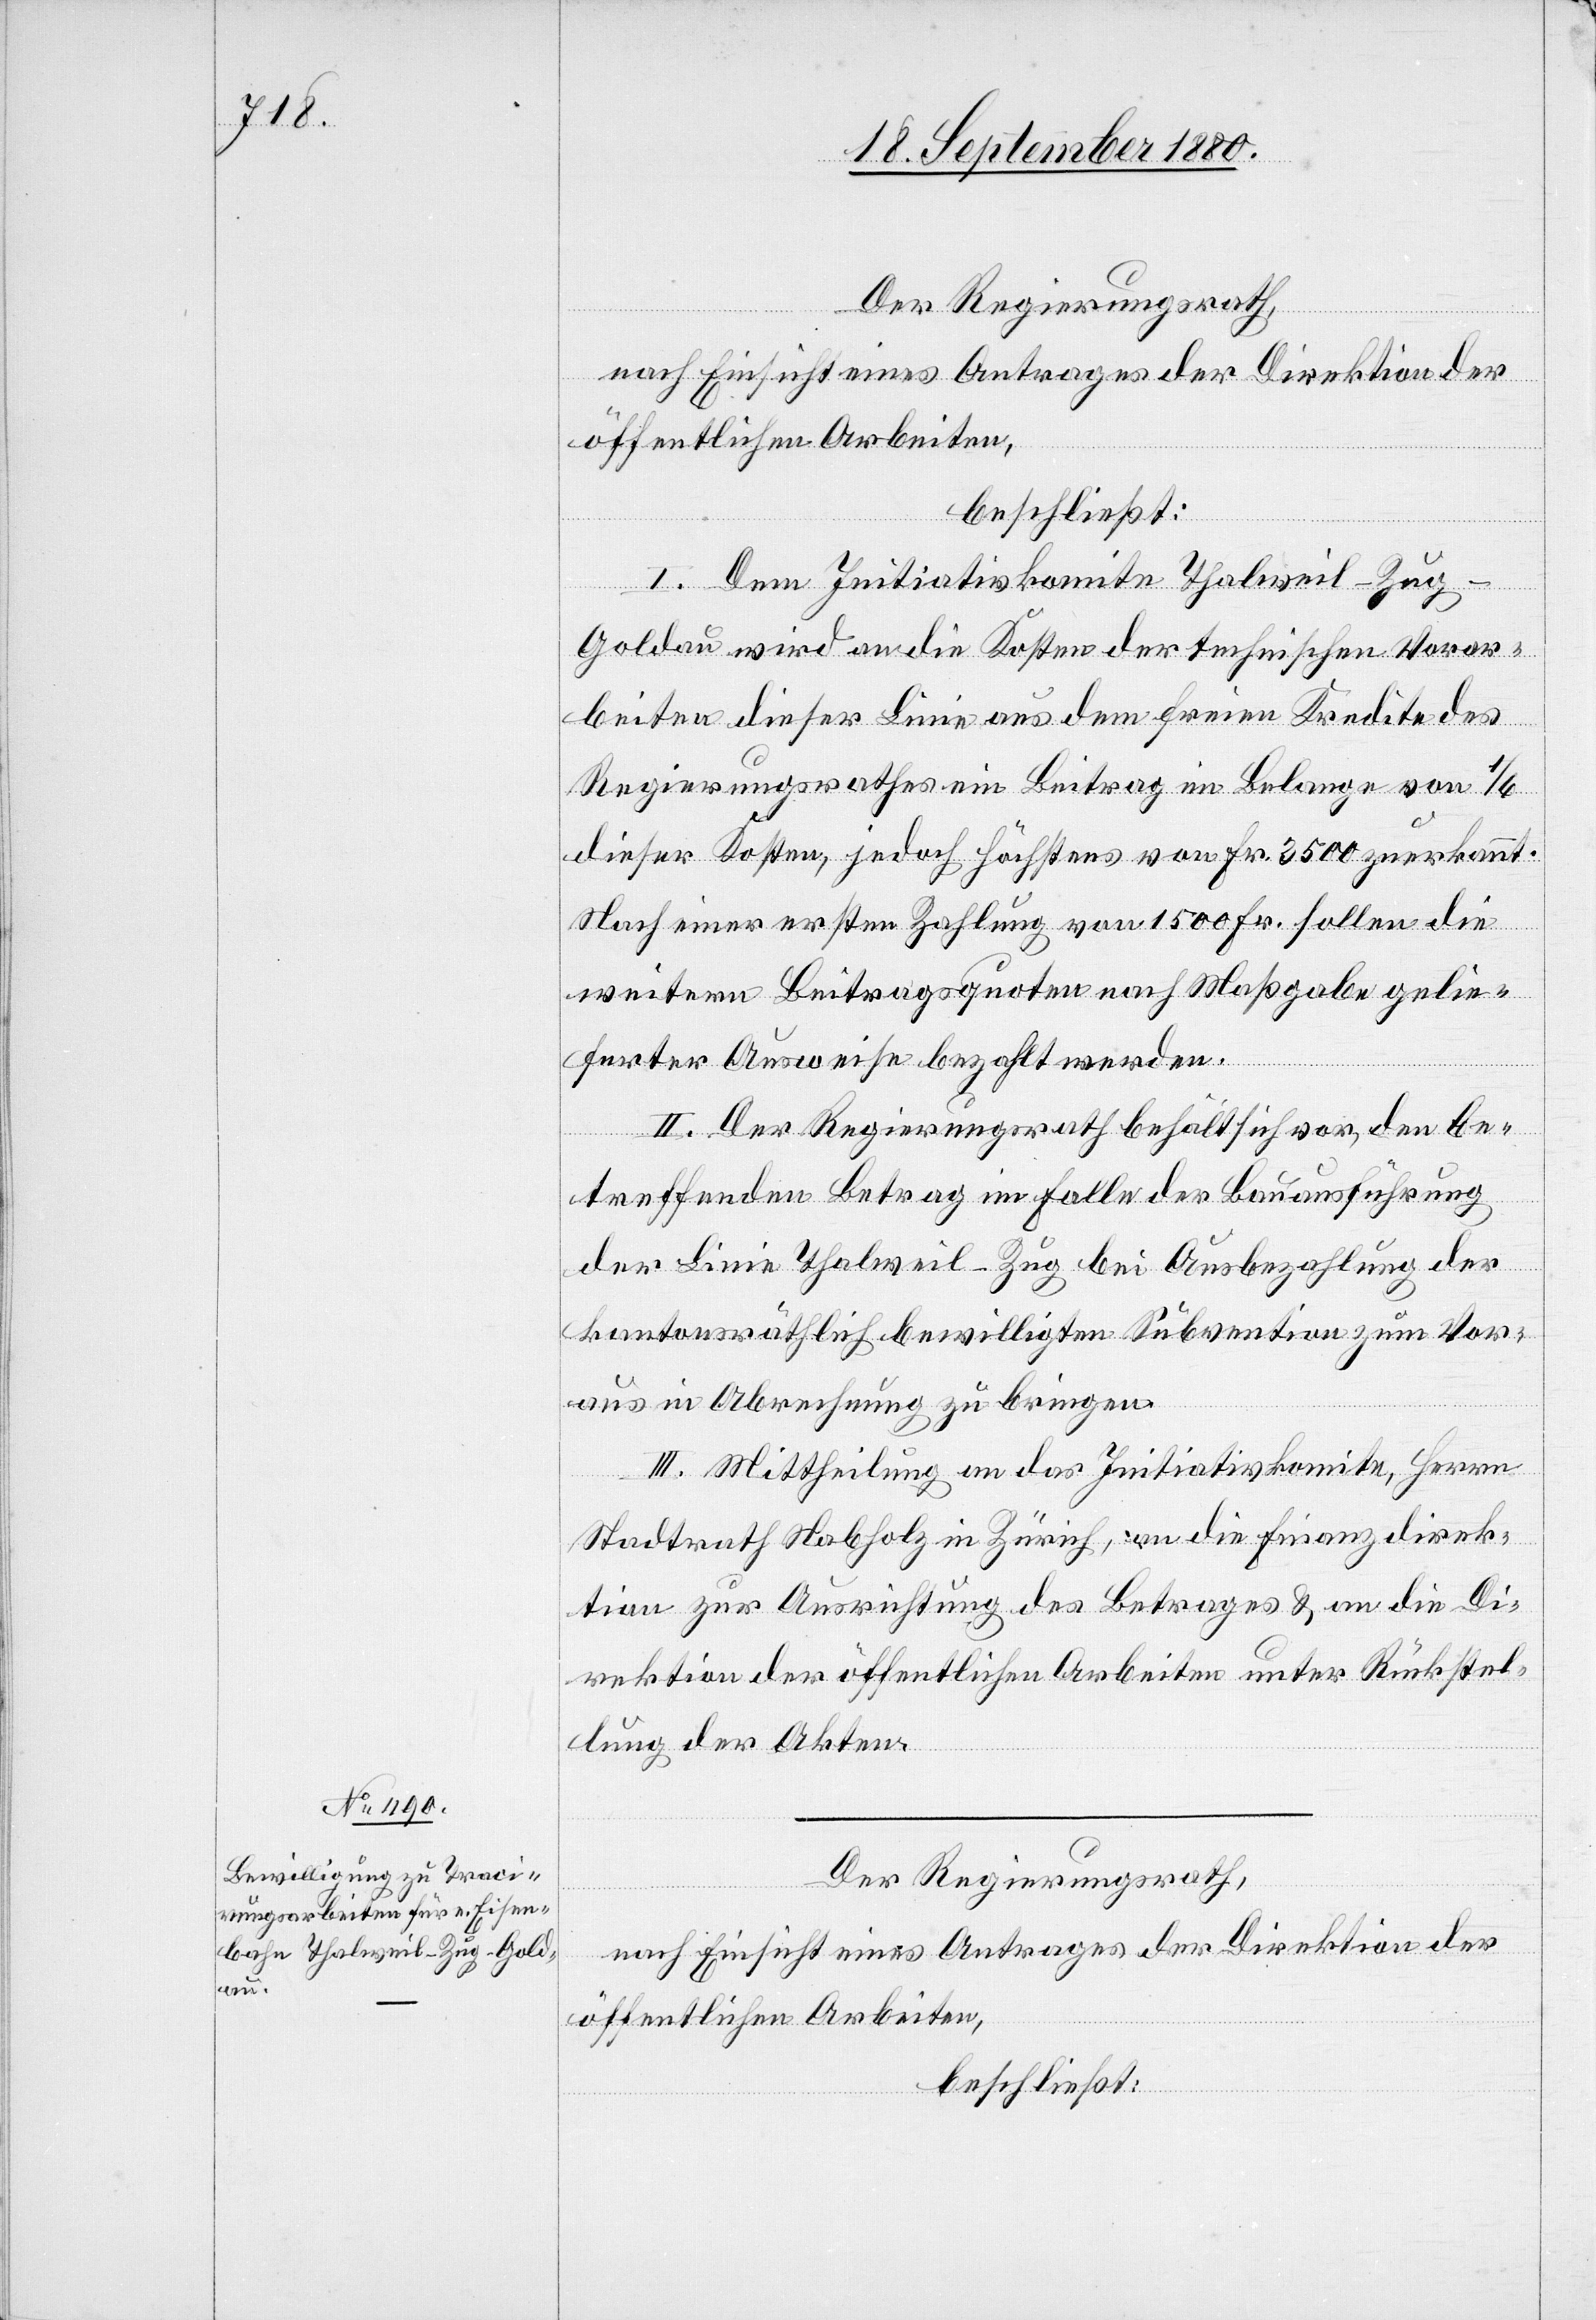
Der Regierungsrath,
nach Einsicht eines Antrages der Direktion der
öffentlichen Arbeiten,
beschließt:
I. Dem Initiativkomite Thalweil–Zug–G¬
oldau wird an die Kosten der technischen Vorar¬
beiten dieser Linie aus dem freien Kredite des
Regierungsrathe ein Beitrag im Belangen von 1/6
dieser Kosten, jedoch höchstens von Fr. 3500 zuerkannt.
Nach einer ersten Zahlung von 1500 Fr. sollen die
weiteren Beitragsquoten nach Maßgabe gelie¬
ferter Ausweise bezahlt werden.
II. Der Regierungsrath behält sich vor, den be¬
treffenden Betrag im Falle der Bauausführung
der Linie Thalweil–Zug bei Ausbezahlung der
kantonsräthlich bewilligten Subvention zum Vor¬
aus in Abrechnung zu bringen.
III. Mittheilung an das Initiativkomite, Herrn
Stadtrath Nabholz in Zürich, an die Finanzdirek¬
tion zur Ausrichtung des Betrages & an die Di¬
rektion der öffentlichen Arbeiten unter Rückstel¬
lung der Akten.
Der Regierungsrath,
nach Einsicht eines Antrages der Direktion der
öffentlichen Arbeiten,
beschließt: